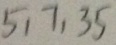
5 , 7 , 3 5